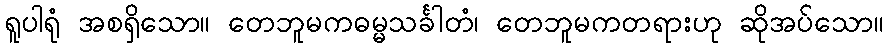
ရူပါရုံ အစရှိသော။ တေဘူမကဓမ္မသင်္ခါတံ၊ တေဘူမကတရားဟု ဆိုအပ်သော။